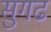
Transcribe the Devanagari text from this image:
सुगढ